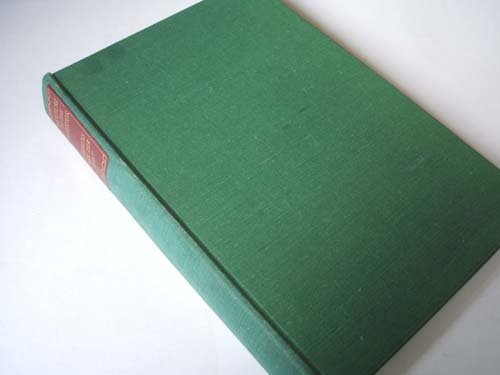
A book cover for Venture to the interior; Laurens Van der Post; Travel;